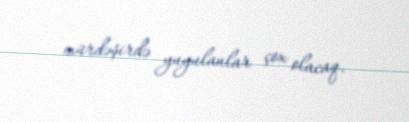
mürdəşirdə yuyulanlar çox olacaq.